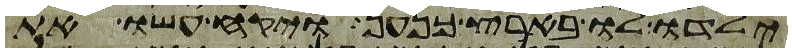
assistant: ילדו לו בארץ כנען ויקח עשו את